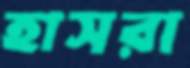
হাসরা